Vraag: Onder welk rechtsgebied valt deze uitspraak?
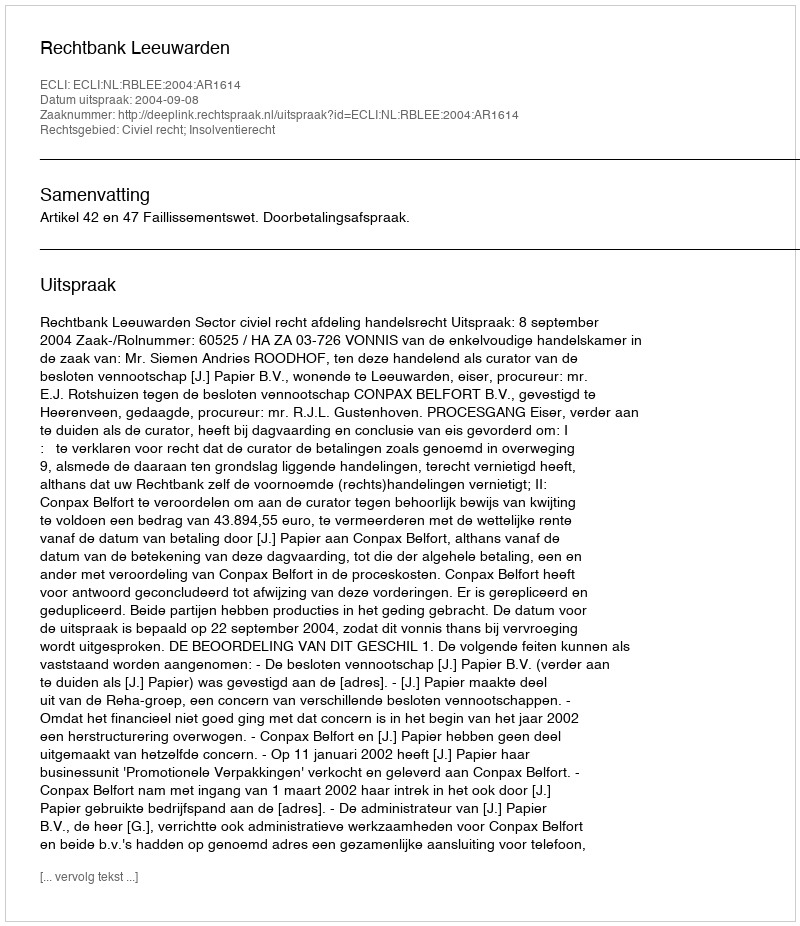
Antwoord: Civiel recht; Insolventierecht